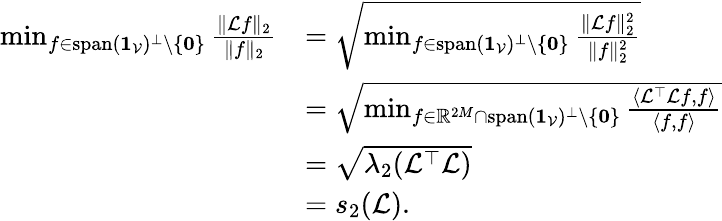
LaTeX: \begin{array}{rl}{\operatorname*{min}_{f\in\mathrm{span}(\mathbf{1}_{\mathcal{V}})^{\bot}\setminus\{ \mathbf{0}\} }\frac{\| \mathcal{L}f\| _{2}}{\| f\| _{2}}}&{=\sqrt{\operatorname*{min}_{f\in\mathrm{span}(\mathbf{1}_{\mathcal{V}})^{\bot}\setminus\{ \mathbf{0}\} }\frac{\| \mathcal{L}f\| _{2}^{2}}{\| f\| _{2}^{2}}}}\\ &{=\sqrt{\operatorname*{min}_{f\in\mathbb{R}^{2M}\cap\mathrm{span}(\mathbf{1}_{\mathcal{V}})^{\bot}\setminus\{ \mathbf{0}\} }\frac{\langle\mathcal{L}^{\top}\mathcal{L}f,f\rangle}{\langle f,f\rangle}}}\\ &{=\sqrt{\lambda_{2}(\mathcal{L}^{\top}\mathcal{L})}}\\ &{=s_{2}(\mathcal{L}).}\end{array}